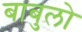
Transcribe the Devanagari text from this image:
बाबुलो